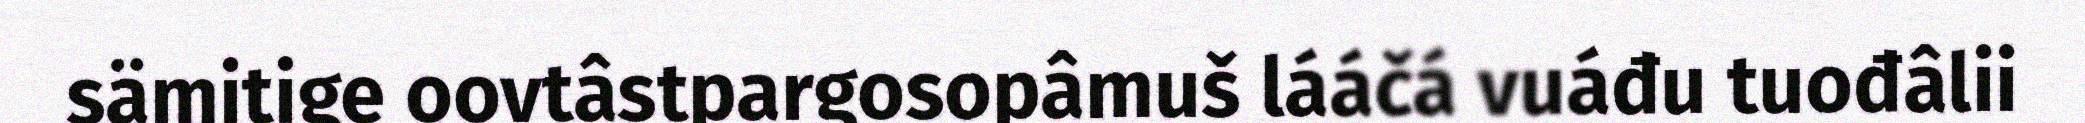
sämitige oovtâstpargosopâmuš lááčá vuáđu tuođâlii